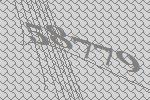
58779